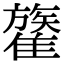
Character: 𩀥